Document type: Sale
Year: 1451
Scribe: [Unknown]
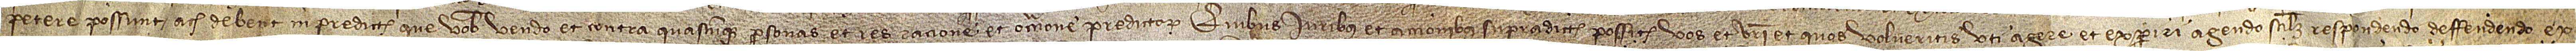
petere possunt ach debent in predictis que vobis vendo, et contra quascumque personas et res ratione et occasione predictarum. Quibus iuribus et accionibus supradictis possitis vos et vestri et quos volueritis uti, agere et experiri, agendo scilicet, respondendo, deffendendo, ex-